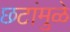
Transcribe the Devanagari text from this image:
छटांमुळे